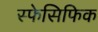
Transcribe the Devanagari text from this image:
स्फेसिफिक